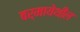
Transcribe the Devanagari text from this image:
बर्मायेथील